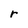
Character: r